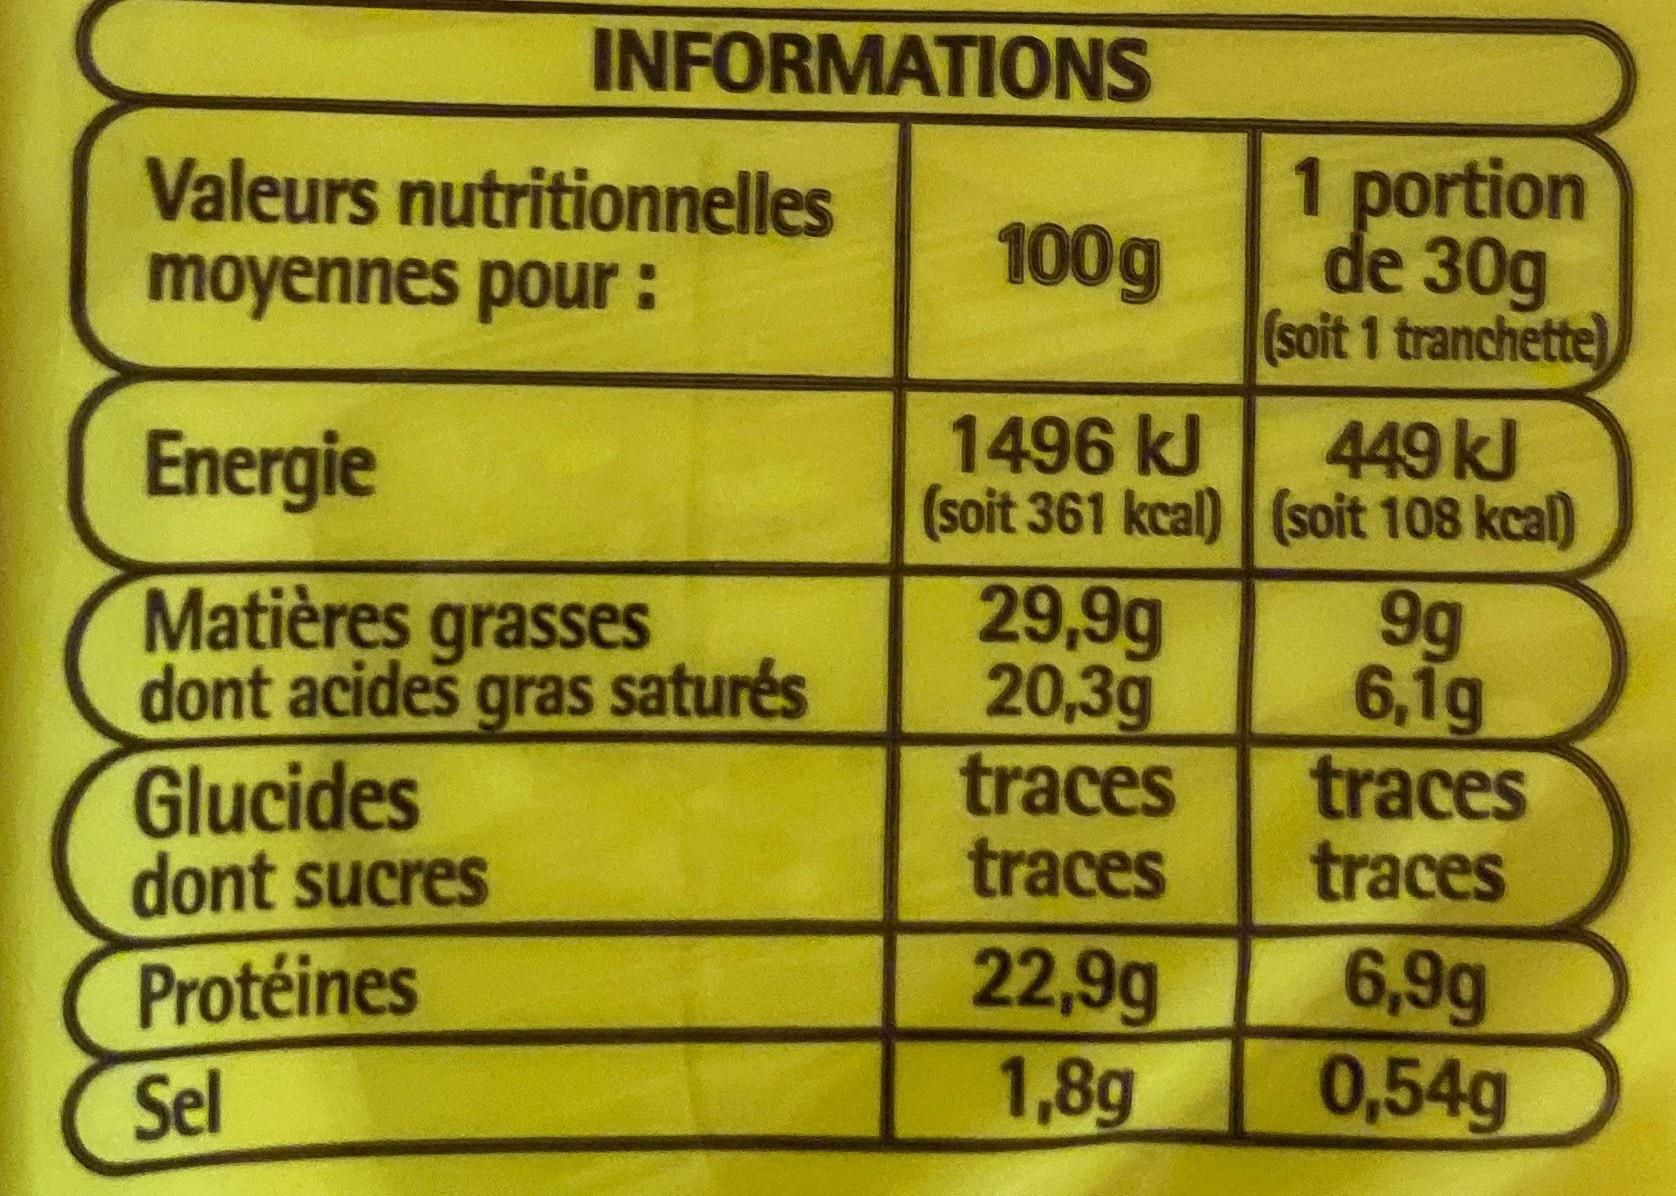
INFORMATIONS
Valeurs nutritionnelles moyennes pour :
1 portion de 30g (soit 1 tranchette)
100g
Energie
1496 kJ
449kJ
(soit 361 kcal) (soit 108 kcal)
Matières grasses dont acides gras saturés Glucides dont sucres
29,9g 20,3g traces traces
9g 6,1g traces traces
22,9g 1,8g
6,9g 0,54g
Protéines
Sel